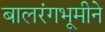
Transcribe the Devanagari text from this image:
बालरंगभूमीने